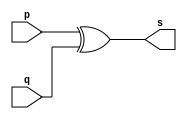
// ---------------------
// Exemplo0005 - xor
// Nome: Paulo Ricardo B. Souza
// ---------------------
// ---------------------
// -- xor gate
// ---------------------
module xorgate (output [0:3] s,
input [0:3] p,
input [0:3] q);
assign s = p ^ q;
endmodule // xor
// ---------------------
// -- test xorgate
// ---------------------
module testxorgate;
// ------------------------- dados locais
reg [0:3] a,b; // definir registrador
wire [0:3] s; // definir conexao (fio)
// ------------------------- instancia
xorgate XOR1 (s, a, b);
// ------------------------- preparacao
initial begin:start
a=4'b0011; // 4 valores binarios
b=4'b0101; // 4 valores binarios
end
// ------------------------- parte principal
initial begin:main
$display("Exemplo0005 - Paulo Ricardo B. Souza - 405828");
$display("Test xor gate");
$display("\n a ^ b = s\n");
$monitor("%b ^ %b = %b", a, b, s);
#1 a=0; b=0;
// valores decimais
#1 a=4'b0010; b=4'b0001;
// valores binarios
#1 a=4'd1; b=3;
// decimal e decimal
#1 a=4'o5; b=2;
// octal e decimal
#1 a=4'hA; b=3;
// hexadecimal e decimal
#1 a=4'h9; b=4'o3;
// hexadecimal e octal
end
endmodule // testxorgate